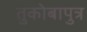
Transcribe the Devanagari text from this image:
तुकोबापुत्र